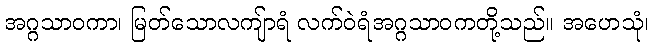
အဂ္ဂသာဝကာ၊ မြတ်သောလကျ်ာရံ လက်ဝဲရံအဂ္ဂသာဝကတို့သည်။ အဟေသုံ၊